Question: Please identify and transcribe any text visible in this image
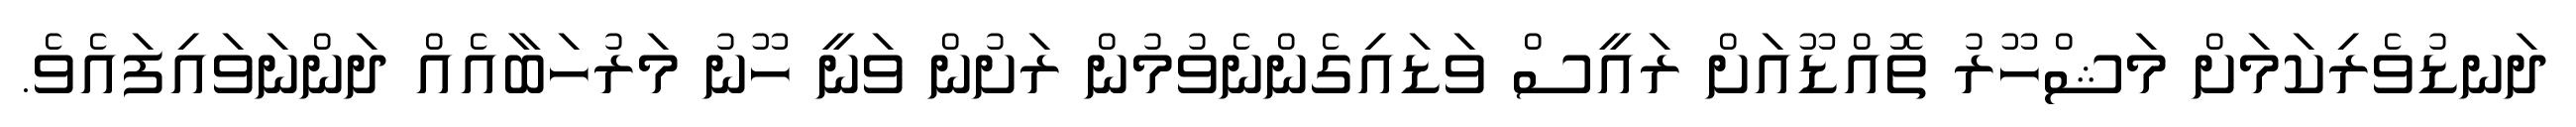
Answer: ދަނޑުވެރިކަމަށް މަޝްހޫރު ތޮއްޑޫއަށް ރައީސް ވަޑައިގެންނެވުމުން ރަށުން ވަނީ ހޫނު މަރުހަބާއެއް ދަންނަވައިފައެވެ.